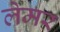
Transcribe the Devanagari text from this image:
लेमर